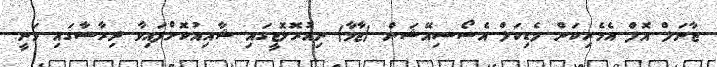
ޖާނަލް އޮފް އެމެރިކަން މެޑިކަލް އެސޯސިއޭޝަން (ޖާމާ) ނިއުރޮލޮޖީގައި ޝާއިއުކޮށްފައިވާ ދިރާސާގައި ވަނީ